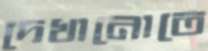
দেখানোতে